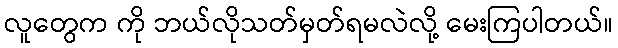
လူတွေက ကို ဘယ်လိုသတ်မှတ်ရမလဲလို့ မေးကြပါတယ်။